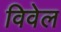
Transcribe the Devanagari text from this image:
विवेल